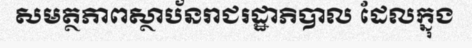
សមត្ថភាពស្ថាប័នរាជរដ្ឋាភិបាល ដែលក្នុង